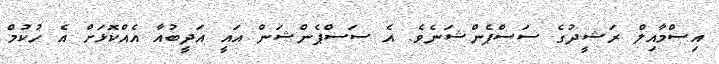
އިސްމާއިލް ރަޝީދުގެ ސަސްޕެންޝަނެވެ. އެ ސަސްޕެންޝަން އައީ އަދީބުއާ އެއްކޮޅަށް އެ ހުކުމް